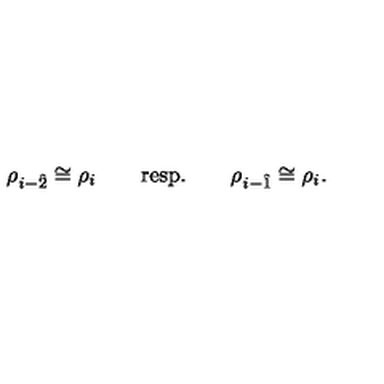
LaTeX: \rho _ { i - \hat { 2 } } \cong \rho _ { i } \qquad \mathrm { r e s p . } \qquad \rho _ { i - \hat { 1 } } \cong \rho _ { i } .